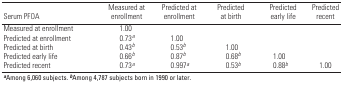
<table><thead><tr><td><b>Serum PFOA</b></td><td><b>Measured at enrollment</b></td><td><b>Predicted at enrollment</b></td><td><b>Predicted at birth</b></td><td><b>Predicted early life</b></td><td><b>Predicted recent</b></td></tr></thead><tbody><tr><td>Measured at enrollment</td><td>1.00</td></tr><tr><td>Predicted at enrollment</td><td>0.73a</td><td>1.00</td></tr><tr><td>Predicted at birth</td><td>0.43b</td><td>0.53b</td><td>1.00</td></tr><tr><td>Predicted early life</td><td>0.66b</td><td>0.87b</td><td>0.68b</td><td>1.00</td><td></td></tr><tr><td>Predicted recent</td><td>0.73a</td><td>0.997a</td><td>0.53b</td><td>0.88b</td><td>1.00</td></tr><tr><td colspan="6">aAmong 6,060 subjects. bAmong 4,787 subjects born in 1990 orlater.</td></tr></tbody></table>